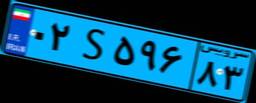
۰۲S۵۹۶۸۳